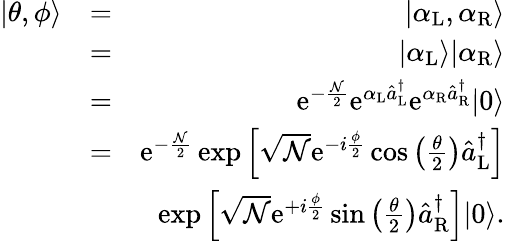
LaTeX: \begin{array}{rlr}{|\theta,\phi\rangle}&{=}&{|\alpha_{\mathrm{L}},\alpha_{\mathrm{R}}\rangle}\\ &{=}&{|\alpha_{\mathrm{L}}\rangle|\alpha_{\mathrm{R}}\rangle}\\ &{=}&{\mathrm{e}^{-\frac{\mathcal N}{2}}\mathrm{e}^{\alpha_{\mathrm{L}}\hat{a}_{\mathrm{L}}^{\dagger}}\mathrm{e}^{\alpha_{\mathrm{R}}\hat{a}_{\mathrm{R}}^{\dagger}}|0\rangle}\\ &{=}&{\mathrm{e}^{-\frac{\mathcal N}{2}}\exp\left[\sqrt{{\mathcal N}}\mathrm{e}^{-i\frac{\phi}{2}}\cos\left(\frac{\theta}{2}\right)\hat{a}_{\mathrm{L}}^{\dagger}\right]}\\ &{}&{\exp\left[\sqrt{{\mathcal N}}\mathrm{e}^{+i\frac{\phi}{2}}\sin\left(\frac{\theta}{2}\right)\hat{a}_{\mathrm{R}}^{\dagger}\right]|0\rangle.}\end{array}